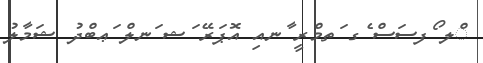
ްލ ޯފސަސް ެގ ަތމްރީ ާނއި އޮޕަރޭ ަޝ ަނލް ަޢބްދު ޝަމާލު